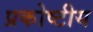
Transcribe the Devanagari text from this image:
प्रकोष्टीय